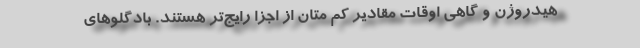
هیدروژن و گاهی اوقات مقادیر کم متان از اجزا رایج‌تر هستند. بادگلوهای